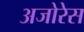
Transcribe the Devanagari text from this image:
अजोरेस